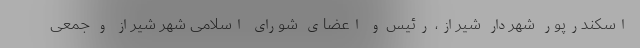
اسکندرپور شهردار شیراز، رئیس و اعضای شورای اسلامی شهر شیراز و جمعی